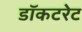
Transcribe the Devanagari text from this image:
डॉकटरेट